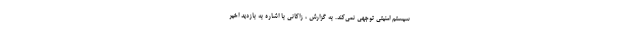
سیستم امنیتی توجهی نمی‌کند. به گزارش ، زاکانی با اشاره به بازدید اخیر